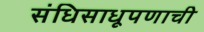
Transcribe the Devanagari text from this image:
संधिसाधूपणाची